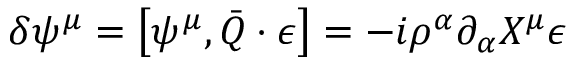
\delta \psi ^ { \mu } = \left[ \psi ^ { \mu } , \bar { Q } \cdot \epsilon \right] = - i \rho ^ { \alpha } \partial _ { \alpha } X ^ { \mu } \epsilon